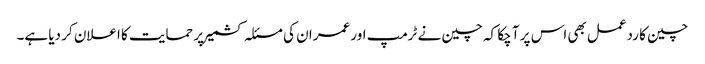
چین کا ردعمل بھی اس پر آ چکا کہ چین نے ٹرمپ اور عمران کی مسئلہ کشمیر پر حمایت کا اعلان کر دیا ہے۔